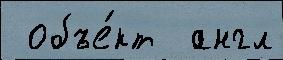
 объе́кт  англ